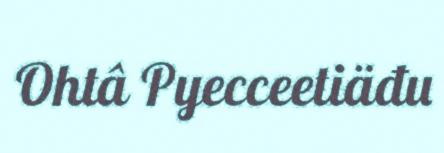
Ohtâ Pyecceetiäđu